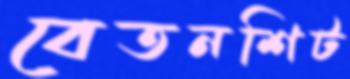
বেতনশিট